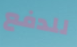
للدفع